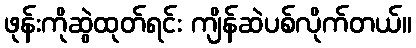
ဖုန်းကိုဆွဲထုတ်ရင်း ကျိန်ဆဲပစ်လိုက်တယ်။